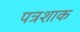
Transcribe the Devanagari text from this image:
पत्रशाक